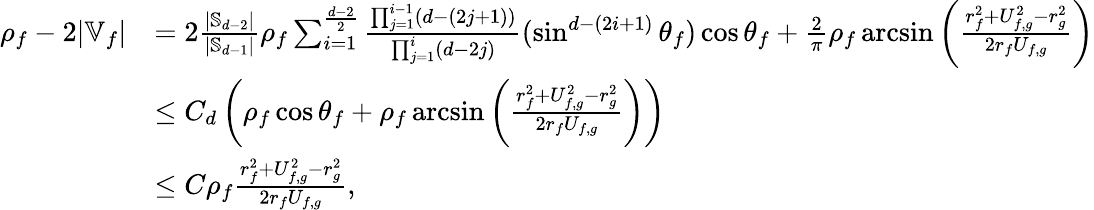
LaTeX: \begin{array}{rl}{\rho_{f}-2|\mathbb{V}_{f}|}&{=2\frac{|\mathbb{S}_{d-2}|}{|\mathbb{S}_{d-1}|}\rho_{f}\sum_{i=1}^{\frac{d-2}{2}}\frac{\prod_{j=1}^{i-1}(d-(2j+1))}{\prod_{j=1}^{i}(d-2j)}(\sin^{d-(2i+1)}\theta_{f})\cos\theta_{f}+\frac{2}{\pi}\rho_{f}\arcsin\left(\frac{r_{f}^{2}+U_{f,g}^{2}-r_{g}^{2}}{2r_{f}U_{f,g}}\right)}\\ &{\le C_{d}\left(\rho_{f}\cos\theta_{f}+\rho_{f}\arcsin\left(\frac{r_{f}^{2}+U_{f,g}^{2}-r_{g}^{2}}{2r_{f}U_{f,g}}\right)\right)}\\ &{\le C\rho_{f}\frac{r_{f}^{2}+U_{f,g}^{2}-r_{g}^{2}}{2r_{f}U_{f,g}},}\end{array}